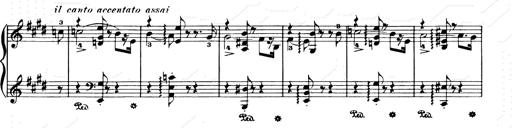
Title: Consolations and LiebestrÃ¤ume for the Piano
Composer: Franz Liszt